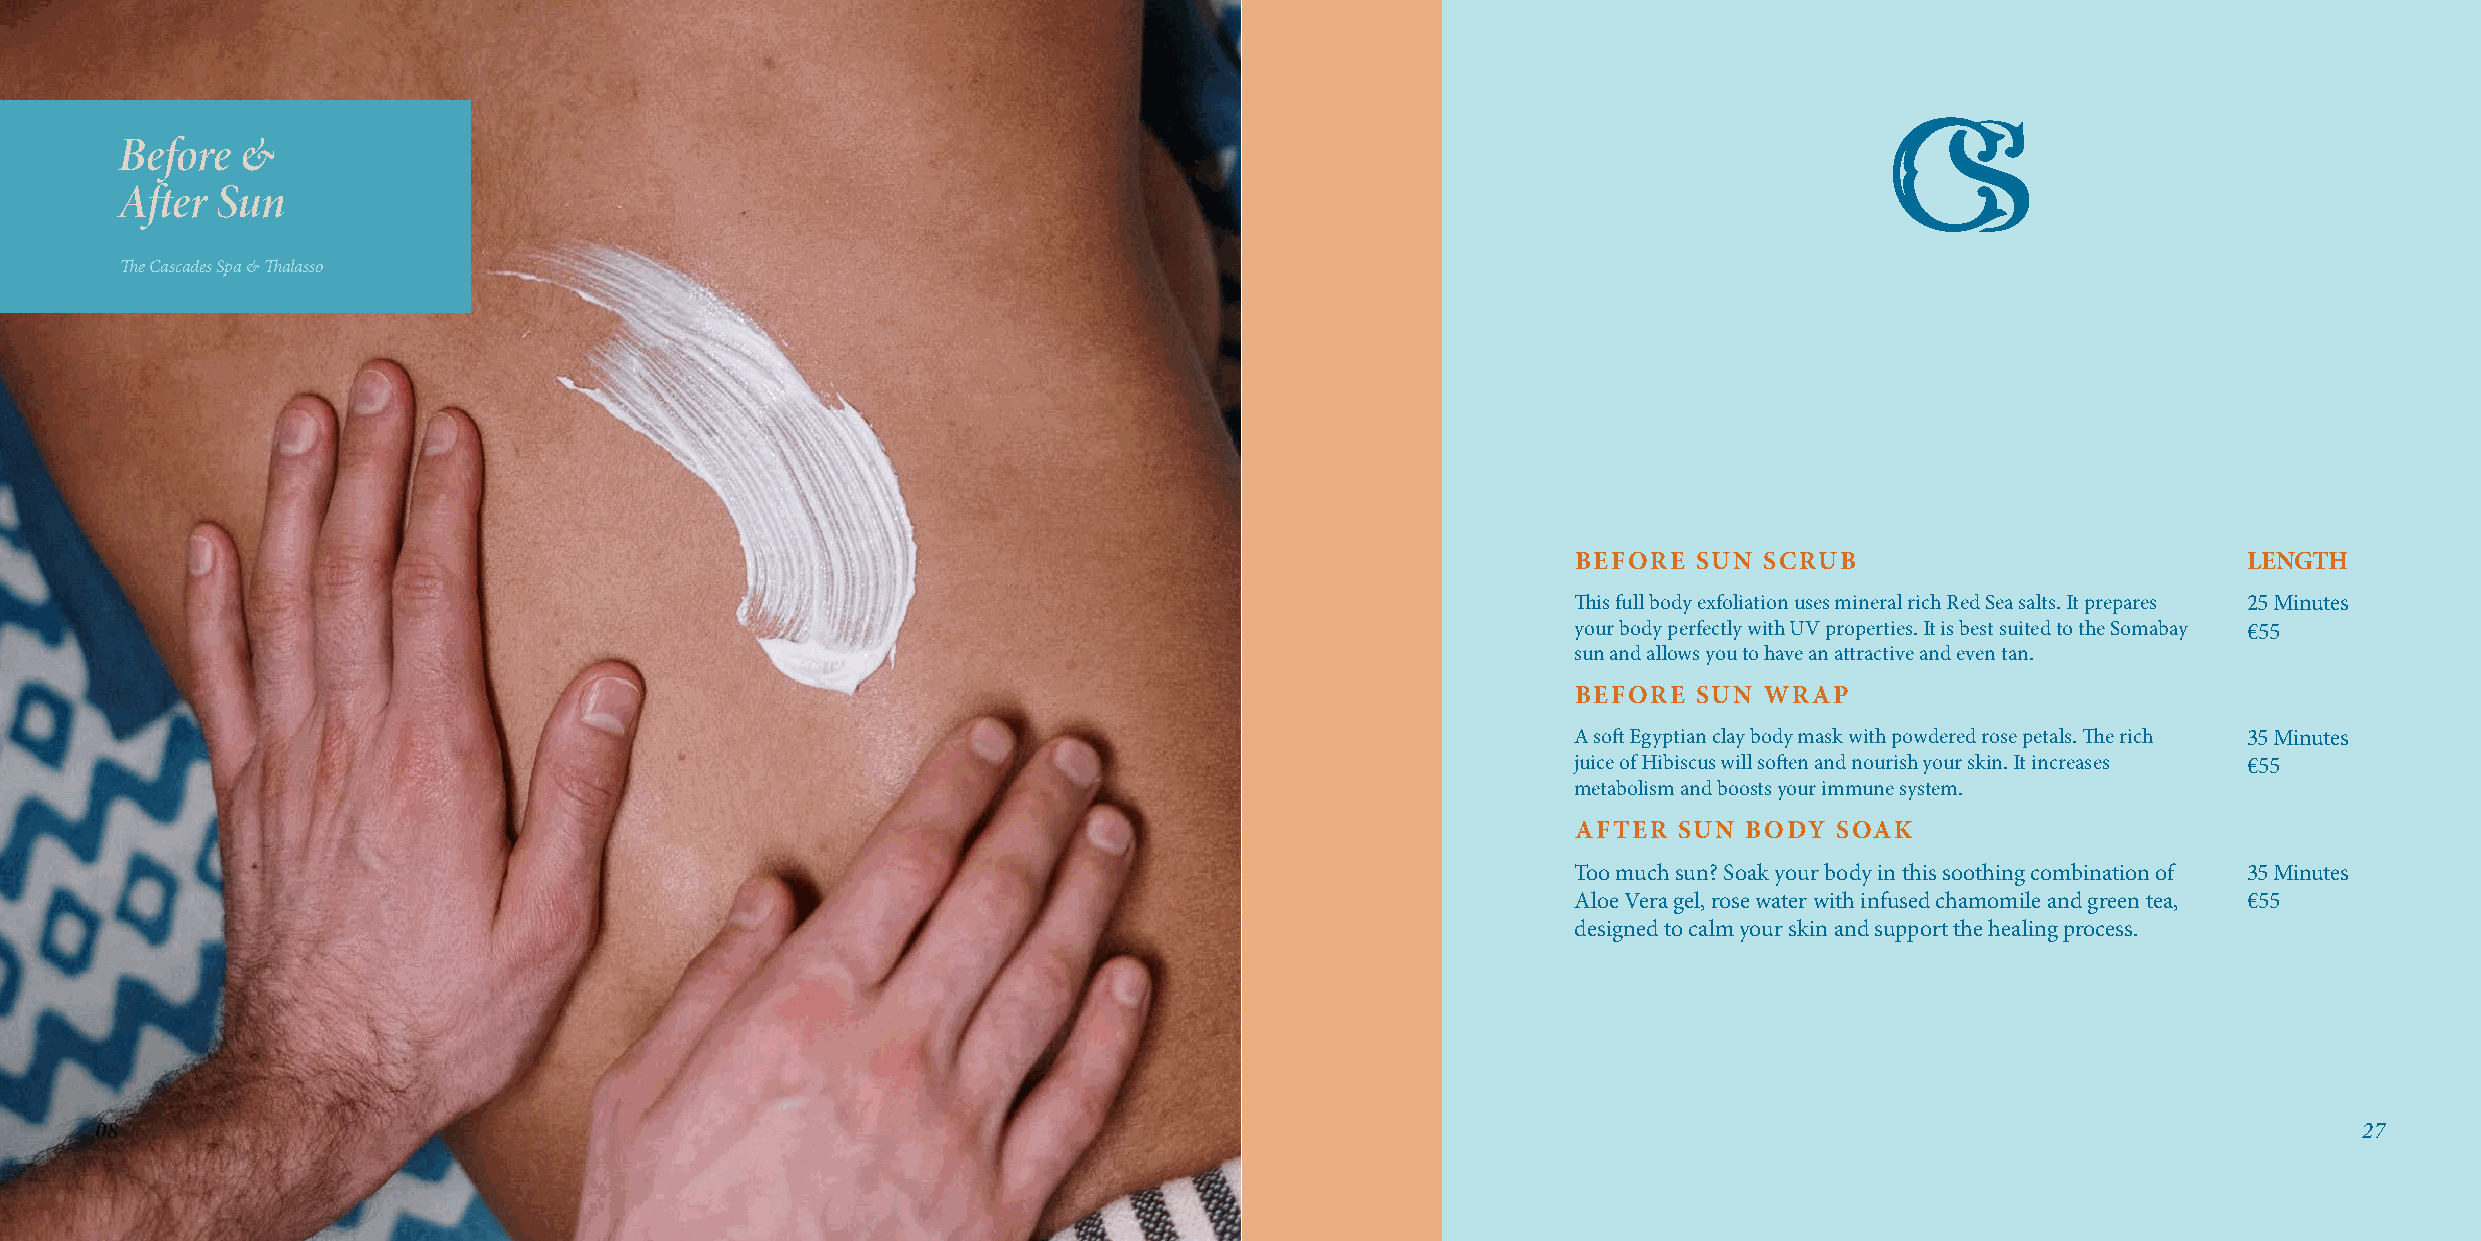
Before  &
 After Sun
 The Cascades Spa & Thalasso
 BEFORE  SUN  SCRUB                           LENGTH
 This full body exfoliation uses mineral rich Red Sea salts. It prepares 25 Minutes
 your body perfectly with UV properties. It is best suited to the Somabay €55
 sun and allows you to have an attractive and even tan.
 BEFORE  SUN  WRAP
 A soft Egyptian clay body mask with powdered rose petals. The rich 35 Minutes
 juice of Hibiscus will soften and nourish your skin. It increases €55
 metabolism and boosts your immune system.
 AFTER  SUN BODY   SOAK
 Too much sun? Soak your body in this soothing combination of 35 Minutes
 Aloe Vera gel, rose water with infused chamomile and green tea, €55
 designed to calm your skin and support the healing process.
 0088                                                                                                                                                  27